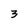
Character: 3